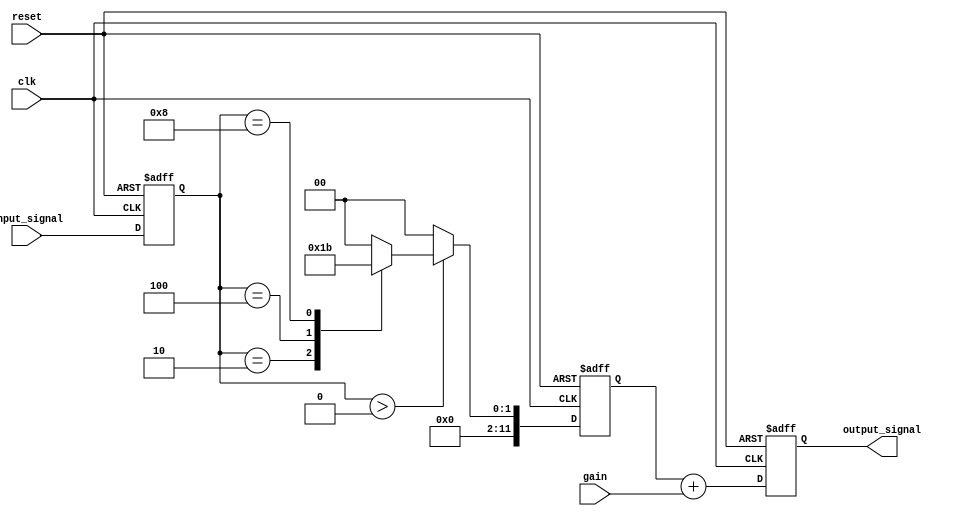
module LogarithmicAmplifier (
    input wire [11:0] input_signal, // 12-bit linear input signal
    input wire clk,                 // Clock signal
    input wire reset,               // Reset signal
    input wire [3:0] gain,          // Gain setting (0-15)
    output reg [11:0] output_signal  // 12-bit logarithmic output signal
);

// Internal signals
reg [11:0] linear_signal;
reg [11:0] log_signal;

// Logarithmic approximation using piecewise linear segments
always @(posedge clk or posedge reset) begin
    if (reset) begin
        output_signal <= 12'b0;
        linear_signal <= 12'b0;
        log_signal <= 12'b0;
    end else begin
        linear_signal <= input_signal;

        // Simple logarithmic approximation
        if (linear_signal > 12'd0) begin
            // Using a simple piecewise linear approximation for log
            // This is a placeholder for the actual logarithmic function
            // In a real implementation, you would use a more accurate method
            case (linear_signal)
                12'd1: log_signal <= 12'd0;   // log(1) = 0
                12'd2: log_signal <= 12'd1;   // log(2) ~ 1
                12'd4: log_signal <= 12'd2;   // log(4) ~ 2
                12'd8: log_signal <= 12'd3;   // log(8) ~ 3
                // Add more cases for better approximation
                default: log_signal <= 12'd0;  // Default case
            endcase
        end else begin
            log_signal <= 12'd0; // log(0) is undefined, set to 0
        end

        // Apply gain scaling
        output_signal <= log_signal + gain;
    end
end

endmodule